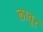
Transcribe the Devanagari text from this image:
लातूर्